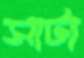
সাটা